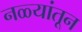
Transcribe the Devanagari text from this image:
नळ्यांतून